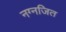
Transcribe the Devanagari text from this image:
नग्नजित